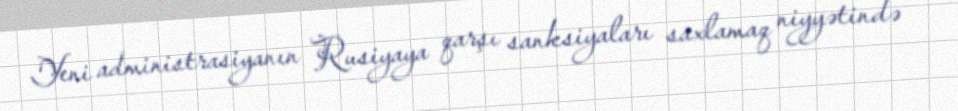
Yeni administrasiyanın Rusiyaya qarşı sanksiyaları saxlamaq niyyətində